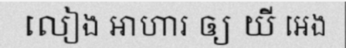
លៀង អាហារ ឲ្យ យី អេង